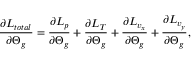
\frac { \partial L _ { t o t a l } } { \partial \boldsymbol { \Theta } _ { g } } = \frac { \partial L _ { p } } { \partial \boldsymbol { \Theta } _ { g } } + \frac { \partial L _ { T } } { \partial \boldsymbol { \Theta } _ { g } } + \frac { \partial L _ { v _ { x } } } { \partial \boldsymbol { \Theta } _ { g } } + \frac { \partial L _ { v _ { y } } } { \partial \boldsymbol { \Theta } _ { g } } ,